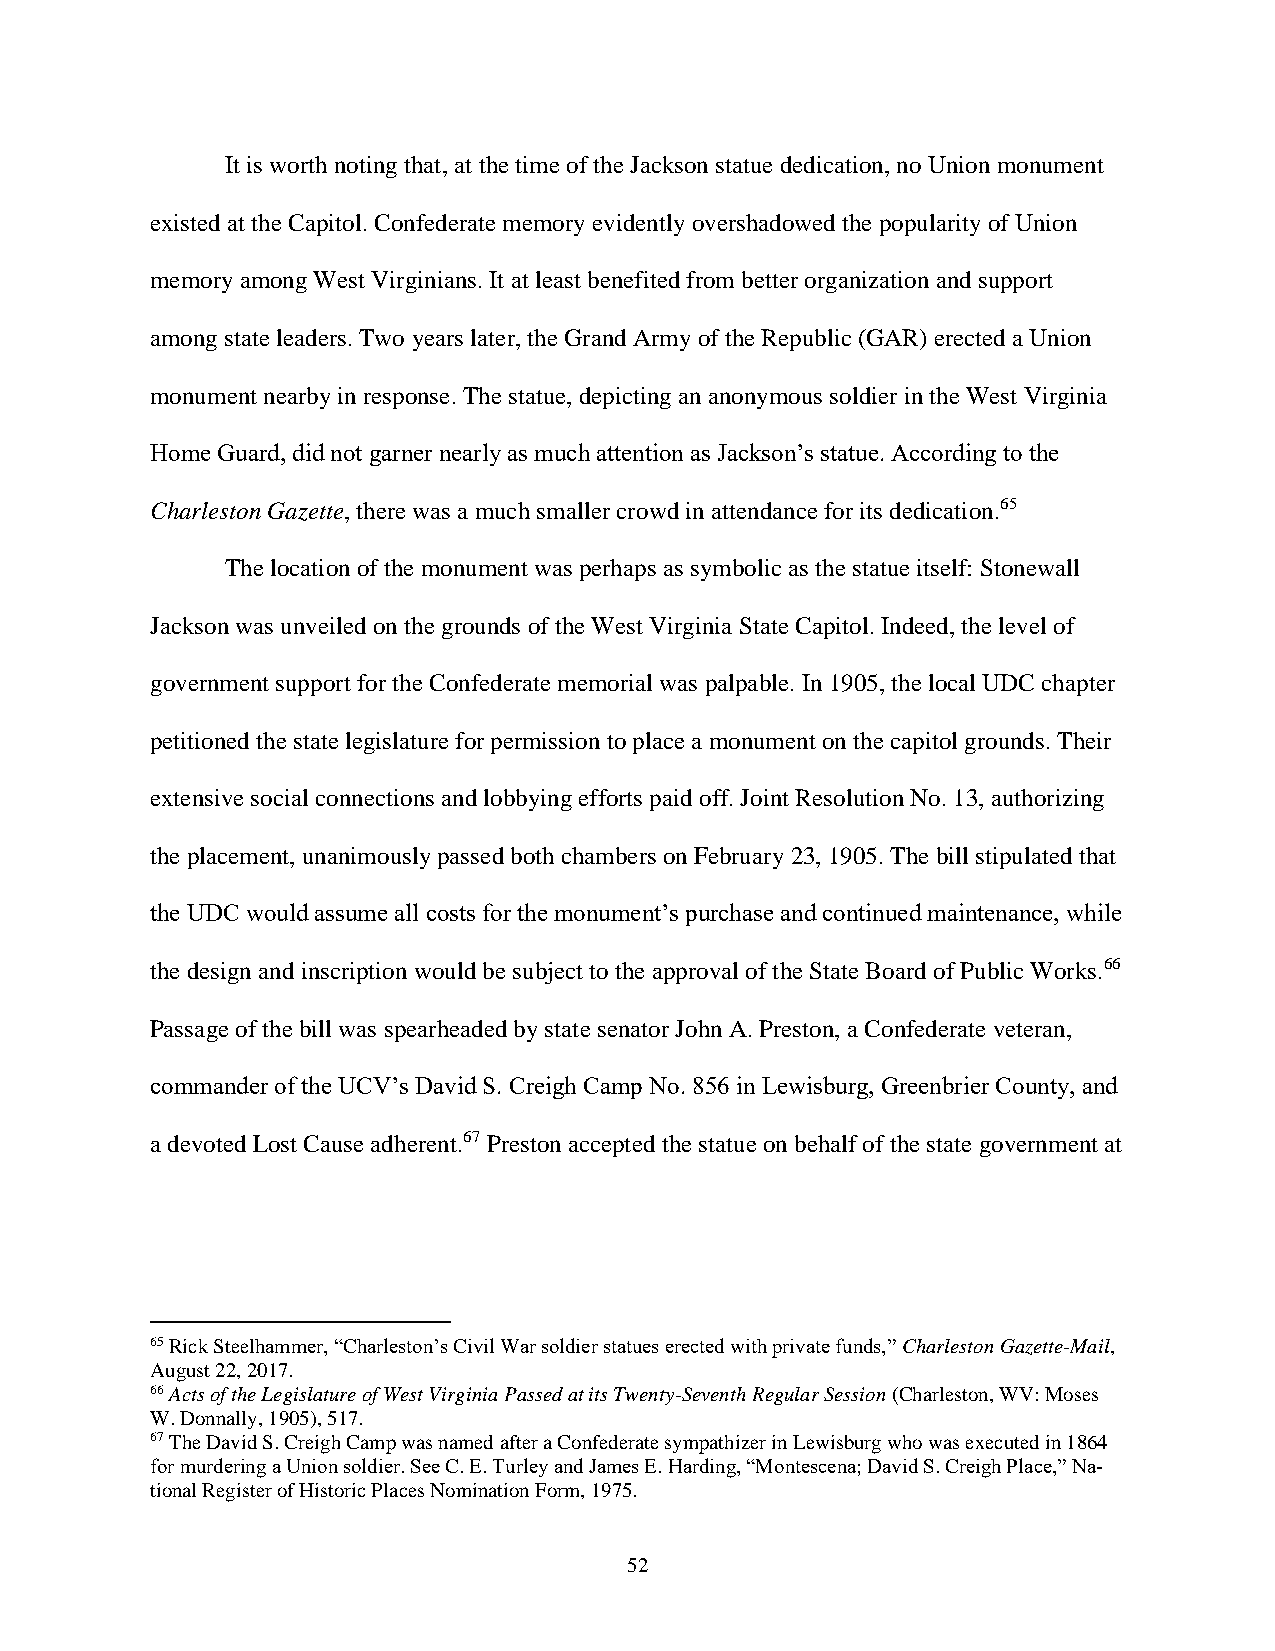
It is worth noting that, at the time of the Jackson statue dedication, no Union monument
 existed at the Capitol. Confederate memory evidently overshadowed the popularity of Union
 memory among West Virginians. It at least benefited from better organization and support
 among state leaders. Two years later, the Grand Army of the Republic (GAR) erected a Union
 monument nearby in response. The statue, depicting an anonymous soldier in the West Virginia
 Home Guard, did not garner nearly as much attention as Jackson’s statue. According to the
 Charleston Gazette, there was a much smaller crowd in attendance for its dedication.65
 The location of the monument was perhaps as symbolic as the statue itself: Stonewall
 Jackson was unveiled on the grounds of the West Virginia State Capitol. Indeed, the level of
 government support for the Confederate memorial was palpable. In 1905, the local UDC chapter
 petitioned the state legislature for permission to place a monument on the capitol grounds. Their
 extensive social connections and lobbying efforts paid off. Joint Resolution No. 13, authorizing
 the placement, unanimously passed both chambers on February 23, 1905. The bill stipulated that
 the UDC would assume all costs for the monument’s purchase and continued maintenance, while
 the design and inscription would be subject to the approval of the State Board of Public Works.66
 Passage of the bill was spearheaded by state senator John A. Preston, a Confederate veteran,
 commander of the UCV’s David S. Creigh Camp No. 856 in Lewisburg, Greenbrier County, and
 a devoted Lost Cause adherent.67 Preston accepted the statue on behalf of the state government at
 65 Rick Steelhammer, “Charleston’s Civil War soldier statues erected with private funds,” Charleston Gazette-Mail,
 August 22, 2017.
 66 Acts of the Legislature of West Virginia Passed at its Twenty-Seventh Regular Session (Charleston, WV: Moses
 W. Donnally, 1905), 517.
 67 The David S. Creigh Camp was named after a Confederate sympathizer in Lewisburg who was executed in 1864
 for murdering a Union soldier. See C. E. Turley and James E. Harding, “Montescena; David S. Creigh Place,” Na-
 tional Register of Historic Places Nomination Form, 1975.
 52